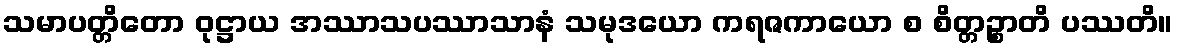
သမာပတ္တိတော ဝုဋ္ဌာယ အဿာသပဿာသာနံ သမုဒယော ကရဇကာယော စ စိတ္တဉ္စာတိ ပဿတိ။